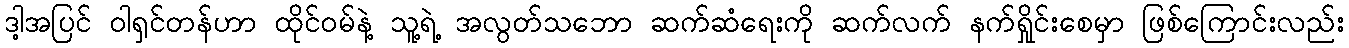
ဒါ့အပြင် ဝါရှင်တန်ဟာ ထိုင်ဝမ်နဲ့ သူ့ရဲ့ အလွတ်သဘော ဆက်ဆံရေးကို ဆက်လက် နက်ရှိုင်းစေမှာ ဖြစ်ကြောင်းလည်း